Indian Civil Veterinary Department memoirs
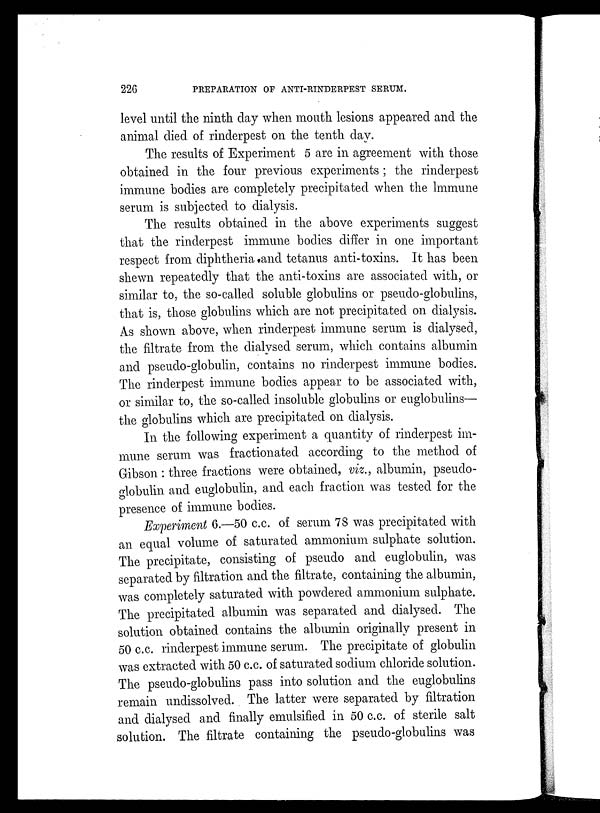
226
PREPARATION OF ANTI-RINDERPEST SERUM.
level until the ninth day when mouth lesions appeared and the
animal died of rinderpest on the tenth day.
The results of Experiment 5 are in agreement with those
obtained in the four previous experiments; the rinderpest
immune bodies are completely precipitated when the Immune
serum is subjected to dialysis.
The results obtained in the above experiments suggest
that the rinderpest immune bodies differ in one important
respect from diphtheria and tetanus anti-toxins. It has been
shewn repeatedly that the anti-toxins are associated with, or
similar to, the so-called soluble globulins or pseudo-globulins,
that is, those globulins which are not precipitated on dialysis.
As shown above, when rinderpest immune serum is dialysed,
the filtrate from the dialysed serum, which contains albumin
and pseudo-globulin, contains no rinderpest immune bodies.
The rinderpest immune bodies appear to be associated with,
or similar to, the so-called insoluble globulins or euglobulins—
the globulins which are precipitated on dialysis.
In the following experiment a quantity of rinderpest im-
mune serum was fractionated according to the method of
Gibson : three fractions were obtained, viz., albumin, pseudo-
globulin and euglobulin, and each fraction was tested for the
presence of immune bodies.
Experiment 6.—50 c.c. of serum 78 was precipitated with
an equal volume of saturated ammonium sulphate solution.
The precipitate, consisting of pseudo and euglobulin, was
separated by filtration and the filtrate, containing the albumin,
was completely saturated with powdered ammonium sulphate.
The precipitated albumin was separated and dialysed. The
solution obtained contains the albumin originally present in
50 c.c. rinderpest immune serum. The precipitate of globulin
was extracted with 50 c.c. of saturated sodium chloride solution.
The pseudo-globulins pass into solution and the euglobulins
remain undissolved. The latter were separated by filtration
and dialysed and finally emulsified in 50 c.c. of sterile salt
solution. The filtrate containing the pseudo-globulins was